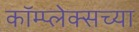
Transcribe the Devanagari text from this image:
कॉम्प्लेक्सच्या